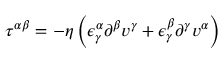
\begin{array} { r } { \tau ^ { \alpha \beta } = - \eta \left( \epsilon _ { \gamma } ^ { \alpha } \partial ^ { \beta } v ^ { \gamma } + \epsilon _ { \gamma } ^ { \beta } \partial ^ { \gamma } v ^ { \alpha } \right) } \end{array}